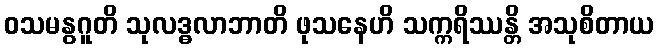
ဝသမနွဂူတိ သုလဒ္ဓလာဘာတိ ဖုသနေဟိ သက္ကရိဿန္တိ အသုစိတာယ